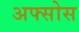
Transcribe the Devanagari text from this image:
अफ्सोस